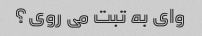
وای به تبت می روی؟